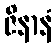
ဇိနာနံ